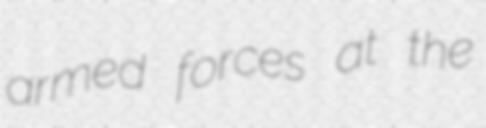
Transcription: armed forces at the